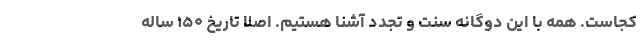
کجاست‌. همه با این دوگانه سنت و تجدد آشنا هستیم. اصلا تاریخ ۱۵۰ ساله